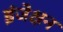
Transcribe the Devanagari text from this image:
इंजेक्षन